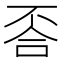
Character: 𱍛